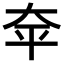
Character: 𪥈